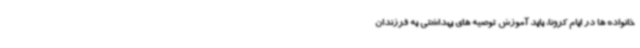
خانواده ها در ایام کرونا، باید آموزش توصیه های بهداشتی به فرزندان